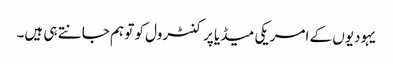
یہودیوں کے امریکی میڈیا پر کنٹرول کو تو ہم جانتے ہی ہیں۔